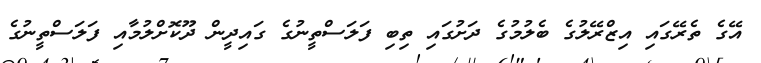
އޭގެ ތެރޭގައި އިޒްރޭލުގެ ބެލުމުގެ ދަށުގައި ތިބި ފަލަސްތީނުގެ ގައިދީން ދޫކޮށްލުމާއި ފަލަސްތީނުގެ